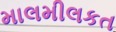
માલમીલકત